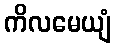
ကိလမေယျံ